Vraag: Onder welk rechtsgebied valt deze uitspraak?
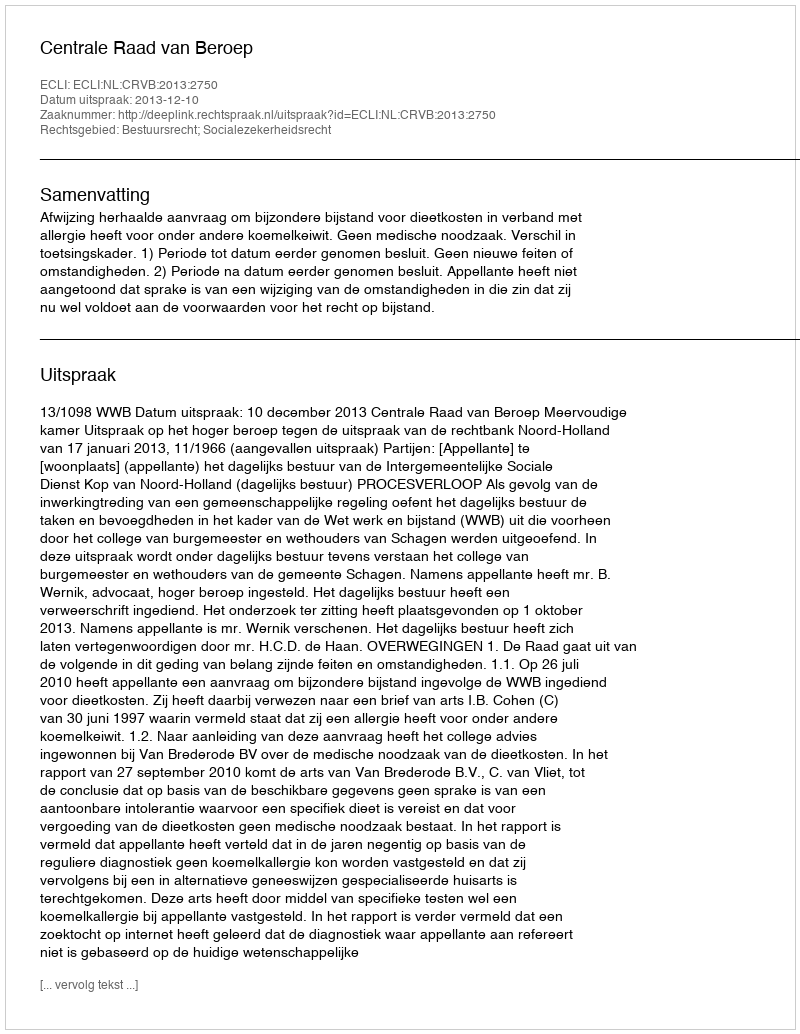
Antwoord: Bestuursrecht; Socialezekerheidsrecht